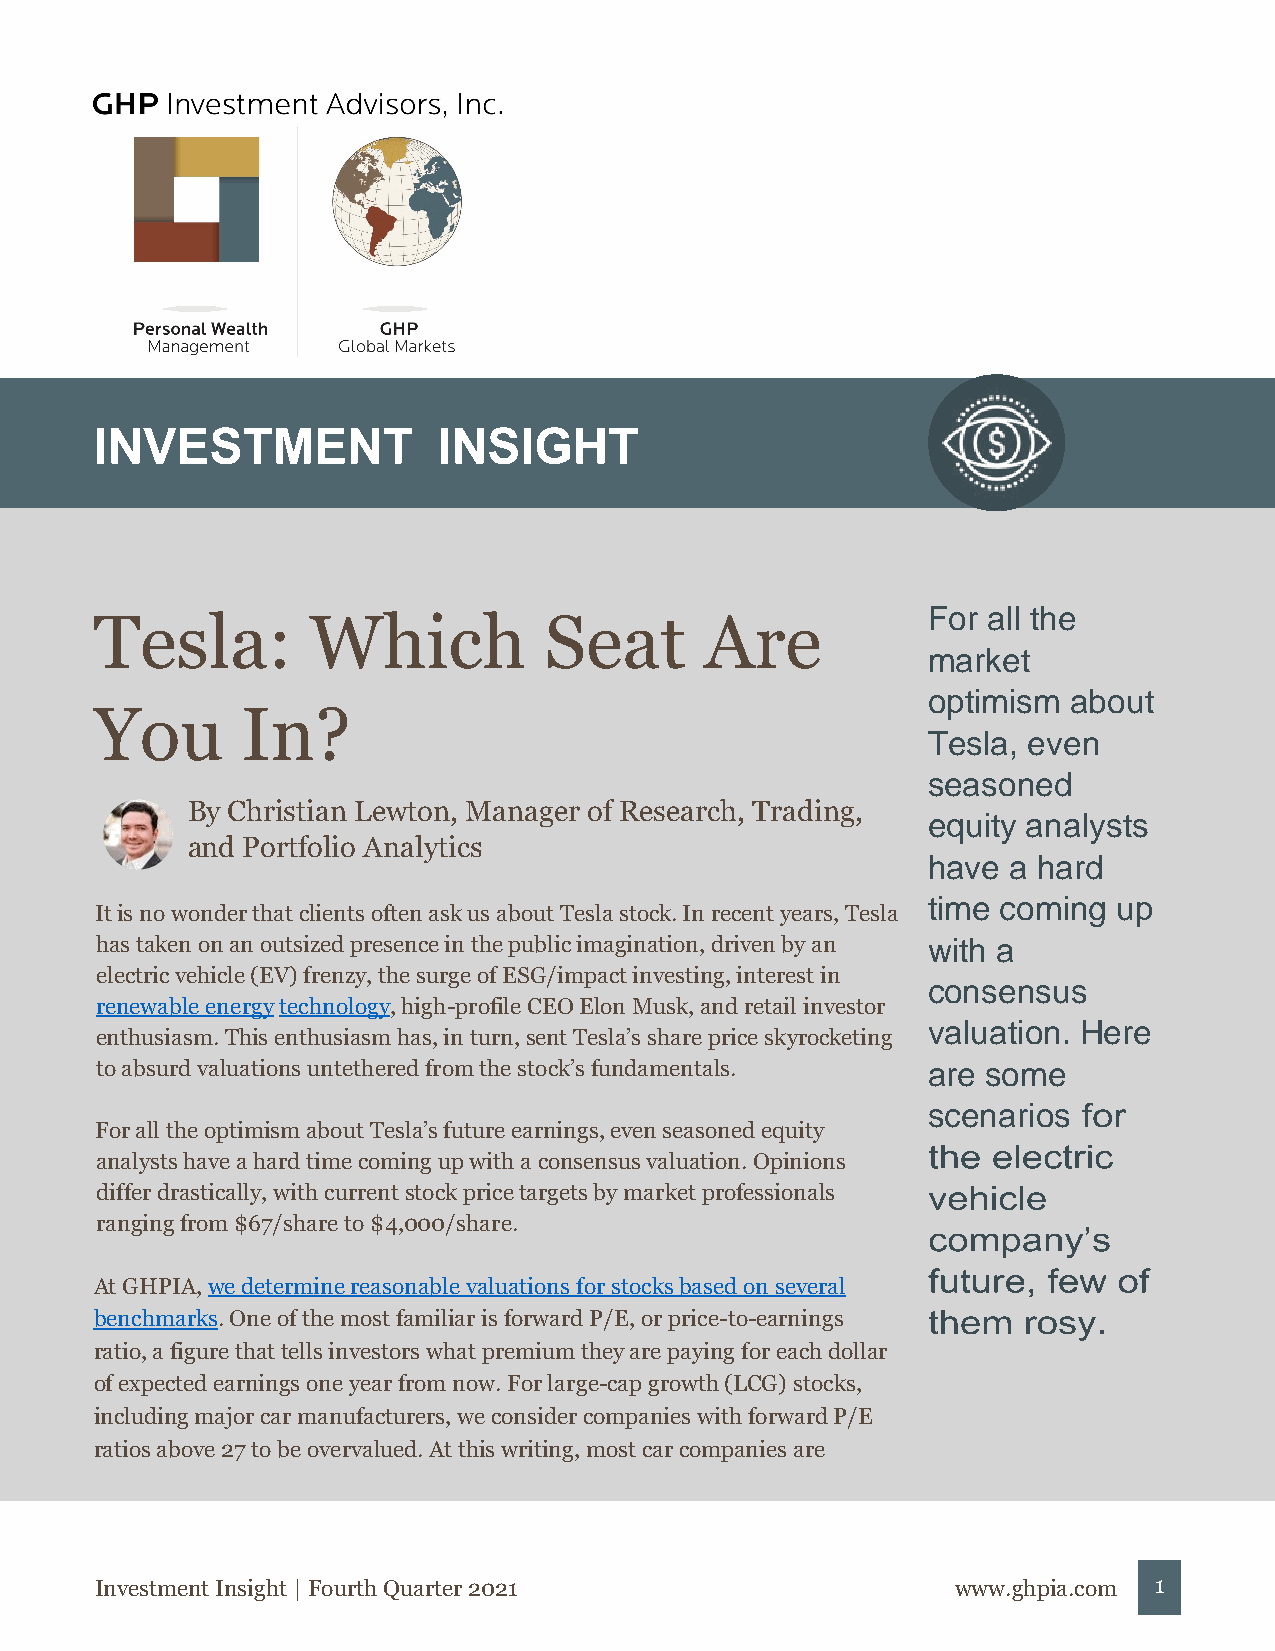
Tesla:        Which           Seat       Are           For all the
 market
 optimism  about
 You       In?
 Tesla, even
 seasoned
 By Christian Lewton, Manager of Research, Trading,
 equity analysts
 and Portfolio Analytics
 have  a hard
 time coming  up
 It is no wonder that clients often ask us about Tesla stock. In recent years, Tesla
 has taken on an outsized presence in the public imagination, driven by an with a
 electric vehicle (EV) frenzy, the surge of ESG/impact investing, interest in
 consensus
 renewable energy technology, high-profile CEO Elon Musk, and retail investor
 valuation. Here
 enthusiasm. This enthusiasm has, in turn, sent Tesla’s share price skyrocketing
 to absurd valuations untethered from the stock’s fundamentals. are some
 scenarios
 For all the optimism about Tesla’s future earnings, even seasoned equity
 analysts have a hard time coming up with a consensus valuation. Opinions
 differ drastically, with current stock price targets by market professionals
 ranging from $67/share to $4,000/share.
 At GHPIA, we determine reasonable valuations for stocks based on several
 benchmarks. One of the most familiar is forward P/E, or price-to-earnings
 ratio, a figure that tells investors what premium they are paying for each dollar
 of expected earnings one year from now. For large-cap growth (LCG) stocks,
 including major car manufacturers, we consider companies with forward P/E
 ratios above 27 to be overvalued. At this writing, most car companies are
 Investment Insight | Fourth Quarter 2021                 www.ghpia.com 1